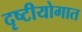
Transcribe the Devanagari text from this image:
दृष्टीयोगात